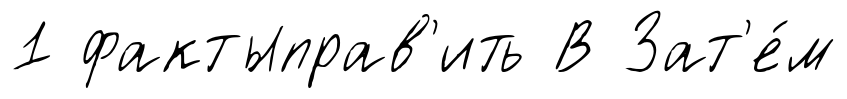
1 фактыправ'ить В Зат'е́м